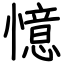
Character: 憶